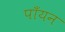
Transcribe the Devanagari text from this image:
पाँयन